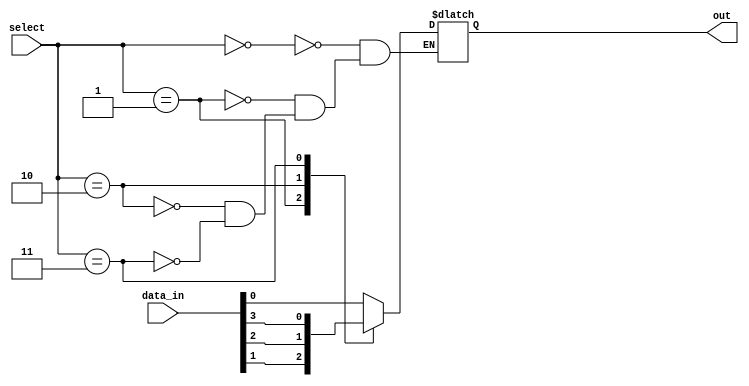
module mux_32to1 (
    input [31:0] data_in,
    input [4:0] select,
    output reg out
);

always @(*) begin
    case(select)
        5'b00000: out = data_in[0];
        5'b00001: out = data_in[1];
        5'b00010: out = data_in[2];
        5'b00011: out = data_in[3];
        // Continue with cases for all input lines up to data_in[31]
    endcase
end

endmodule